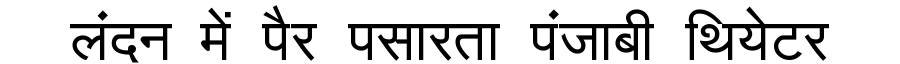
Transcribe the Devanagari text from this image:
लंदन में पैर पसारता पंजाबी थियेटर